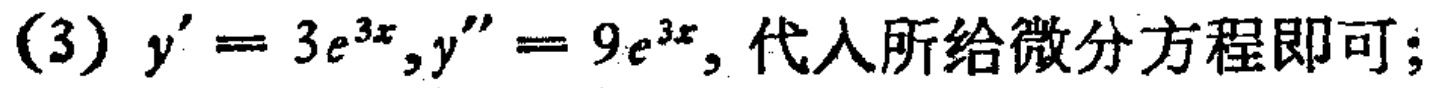
(3) \(y' = 3e^{3x},y'' = 9e^{3x}\), 代入所给微分方程即可；